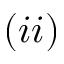
( i i )